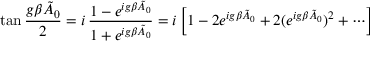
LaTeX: \tan { \frac { g \beta \tilde { A } _ { 0 } } { 2 } } = i \, { \frac { 1 - e ^ { i g \beta \tilde { A } _ { 0 } } } { 1 + e ^ { i g \beta \tilde { A } _ { 0 } } } } = i \left[ 1 - 2 e ^ { i g \beta \tilde { A } _ { 0 } } + 2 ( e ^ { i g \beta \tilde { A } _ { 0 } } ) ^ { 2 } + \cdots \right]